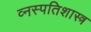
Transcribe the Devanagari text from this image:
व्नस्पतिशास्त्र